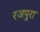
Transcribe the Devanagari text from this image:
रजपुरा